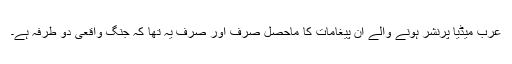
عرب میڈیا پرنشر ہونے والے ان پیغامات کا ماحصل صرف اور صرف یہ تھا کہ جنگ واقعی دو طرفہ ہے۔